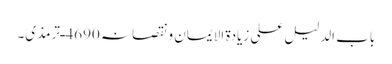
باب الدلیل علی زیادۃ الایمان ونقصانہ 4690ـ ترمذی۔